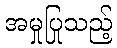
အမှုပြုသည့်